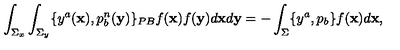
\int _ { \Sigma _ { x } } \int _ { \Sigma _ { y } } \{ y ^ { a } ( { \bf x } ) , p _ { b } ^ { n } ( { \bf y } ) \} _ { P B } f ( { \bf x } ) f ( { \bf y } ) d { \bf x } d { \bf y } = - \int _ { \Sigma } \{ y ^ { a } , p _ { b } \} f ( { \bf x } ) d { \bf x } ,